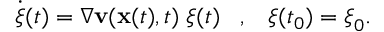
\dot { { \boldsymbol \xi } } ( t ) = \nabla { \mathbf v } ( { \mathbf x } ( t ) , t ) \; { \boldsymbol \xi } ( t ) \; \; \; , \; \; \; { \boldsymbol \xi } ( t _ { 0 } ) = { \boldsymbol \xi } _ { 0 } .